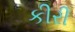
કીરી